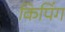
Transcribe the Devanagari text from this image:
किपिंग